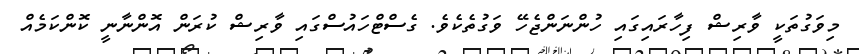
މިވަގުތަކީ ވާރިޝް ފިހާރައިގައި ހުންނަންޖެހޭ ވަގުތެކެވެ. ގެސްޓްހައުސްގައި ވާރިޝް ކުރަން އޮންނާނީ ކޮންކަމެއް